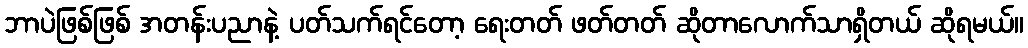
ဘာပဲဖြစ်ဖြစ် အတန်းပညာနဲ့ ပတ်သက်ရင်တော့ ရေးတတ် ဖတ်တတ် ဆိုတာလောက်သာရှိတယ် ဆိုရမယ်။